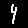
Digit: 4